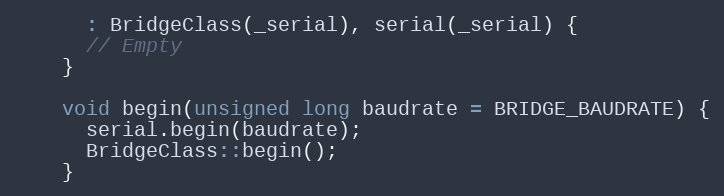
Language: C
      : BridgeClass(_serial), serial(_serial) {
      // Empty
    }

    void begin(unsigned long baudrate = BRIDGE_BAUDRATE) {
      serial.begin(baudrate);
      BridgeClass::begin();
    }